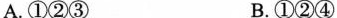
A.①②③ B.①②④